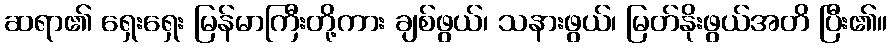
ဆရာ၏ ရှေးရှေး မြန်မာကြီးတို့ကား ချစ်ဖွယ်၊ သနားဖွယ်၊ မြတ်နိုးဖွယ်အတိ ပြီး၏။